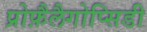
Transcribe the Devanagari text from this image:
प्रोफ़ैलैगोप्सिडी